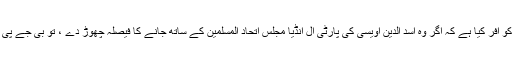
تلنگانہ بی جے پی نے کے سی آر کو آفر کیا ہے کہ اگر وہ اسد الدین اویسی کی پارٹی آل انڈیا مجلس اتحاد المسلمین کے ساتھ جانے کا فیصلہ چھوڑ دے ، تو بی جے پی ان سے ہاتھ ملانے کیلئے تیار ہے۔